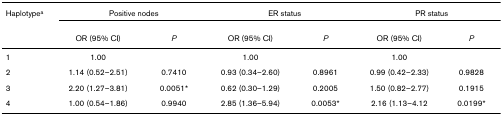
| Haplotypea | <COLSPAN=2> Positive nodes | <COLSPAN=2> ER status | <COLSPAN=2> PR status |
 |  | OR (95% CI) | P | OR (95% CI) | P | OR (95% CI) | P |
 | --- | --- | --- | --- | --- | --- | --- |
 | 1 | 1.00 |  | 1.00 |  | 1.00 |  |
 | 2 | 1.14 (0.52–2.51) | 0.7410 | 0.93 (0.34–2.60) | 0.8961 | 0.99 (0.42–2.33) | 0.9828 |
 | 3 | 2.20 (1.27–3.81) | 0.0051* | 0.62 (0.30–1.29) | 0.2005 | 1.50 (0.82–2.77) | 0.1915 |
 | 4 | 1.00 (0.54–1.86) | 0.9940 | 2.85 (1.36–5.94) | 0.0053* | 2.16 (1.13–4.12 | 0.0199* |